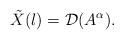
LaTeX: \begin{align*}\tilde X(l)=\mathcal{D}(A^\alpha).\end{align*}